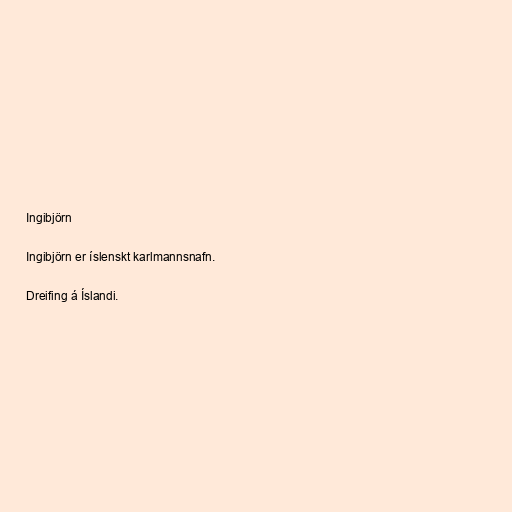
Ingibjörn

Ingibjörn er íslenskt karlmannsnafn.

Dreifing á Íslandi.